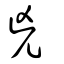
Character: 兇